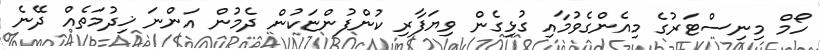
ހޯމް މިނިސްޓަރުގެ މިއެންގެވުމާއި ގުޅިގެން ވިޔަފާރި ކުންފުންޏަކުން ދެމުން އަންނަ ޚިދުމަތެއް ދޭނެ